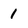
Character: 1